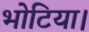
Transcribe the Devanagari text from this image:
भोटिया।